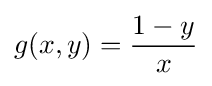
g(x,y)={\frac {1-y}{x}}